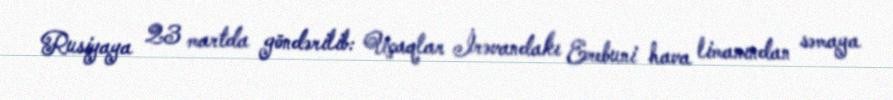
Rusiyaya 23 martda göndərilib: Uçaqlar İrəvandakı Erebuni hava limanından səmaya